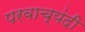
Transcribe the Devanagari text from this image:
परवाच्यंदी